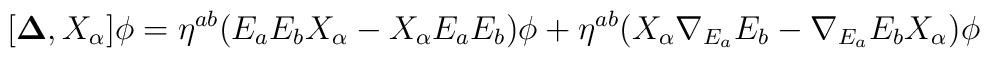
[{\bf \Delta},X_\alpha]\phi = {\eta}^{ab}(E_aE_bX_\alpha - X_\alpha E_aE_b)\phi+{\eta}^{ab}(X_\alpha{\nabla_{E_a}}E_b - {\nabla_{E_a}}E_bX_\alpha)\phi